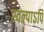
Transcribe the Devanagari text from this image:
स्वल्पाऽपि